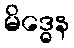
မိဒ္ဓေန